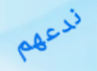
ندعهم